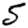
Digit: 5